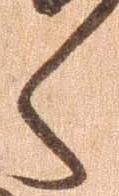
々